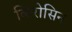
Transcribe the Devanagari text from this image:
किरोसिन